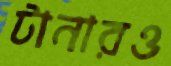
টানারও